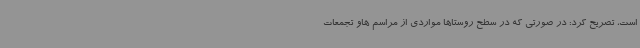
است، تصریح کرد: در صورتی که در سطح روستاها مواردی از مراسم هاو تجمعات